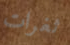
ثغرات